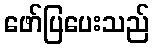
ဖော်ပြပေးသည်